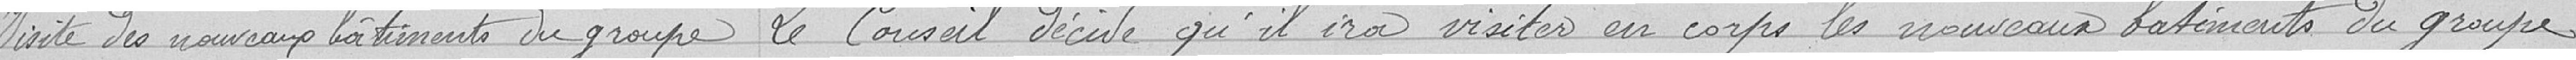
Visite des nouveaux bâtiments du groupe Le Conseil décide qu'il ira visiter en corps les nouveaux bâtiments du groupe